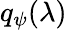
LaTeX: q_{\psi}(\lambda)